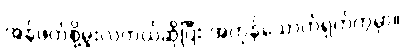
အန်ဖတ်စို့မူးလဲတယ်ဆိုပြီး အကုန်သောက်ရှက်ကွဲမှာ။